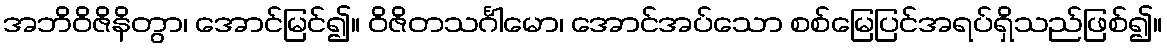
အဘိဝိဇိနိတွာ၊ အောင်မြင်၍။ ဝိဇိတသင်္ဂါမော၊ အောင်အပ်သော စစ်မြေပြင်အရပ်ရှိသည်ဖြစ်၍။